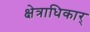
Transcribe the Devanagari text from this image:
क्षेत्राधिकार्